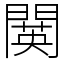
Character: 䦫